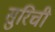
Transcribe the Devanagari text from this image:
सुरिची